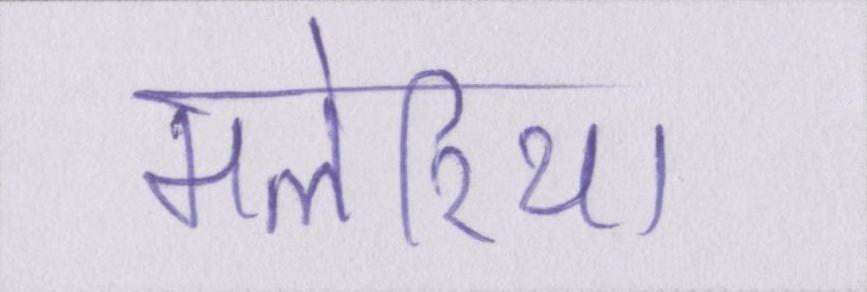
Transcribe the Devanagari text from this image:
मलेरिया